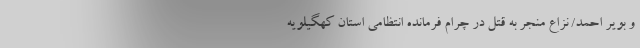
و بویر احمد/ نزاع منجر به قتل در چرام فرمانده انتظامی استان کهگیلویه